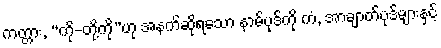
ကတ္တား, “ကို-တို့ကို”ဟု အနက်ဆိုရသော နာမ်ပုဒ်ကို ကံ, အာချာတ်ပုဒ်များနှင့်